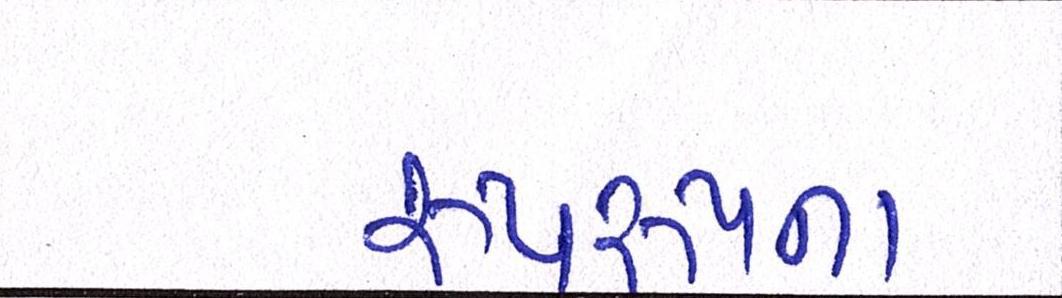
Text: રૂપરૂપના